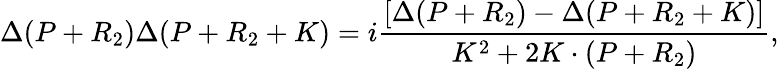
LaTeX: \Delta(P+R_{2})\Delta(P+R_{2}+K)=i\frac{[\Delta(P+R_{2})-\Delta(P+R_{2}+K)]}{K^{2}+2K\cdot(P+R_{2})},